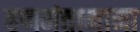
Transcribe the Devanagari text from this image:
हणमंतामामा